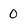
Character: 0